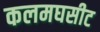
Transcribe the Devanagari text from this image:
कलमघसीट